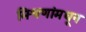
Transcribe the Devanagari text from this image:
मिश्रणांमधून